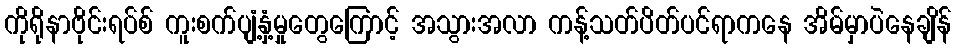
ကိုရိုနာဗိုင်းရပ်စ် ကူးစက်ပျံ့နှံ့မှုတွေကြောင့် အသွားအလာ ကန့်သတ်ပိတ်ပင်ရာကနေ အိမ်မှာပဲနေချိန်